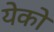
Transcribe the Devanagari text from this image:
येको